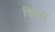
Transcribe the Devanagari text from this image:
क्रिब्स